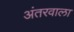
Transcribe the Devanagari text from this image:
अंतरवाला